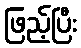
ဖြည့်ပြီး